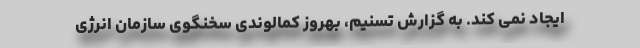
ایجاد نمی کند. به گزارش تسنیم، بهروز کمالوندی سخنگوی سازمان انرژی